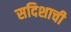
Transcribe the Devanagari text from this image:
सदिशाची